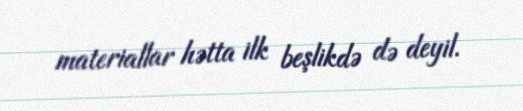
materiallar hətta ilk beşlikdə də deyil.